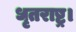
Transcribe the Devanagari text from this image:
धृतराष्ट्र।